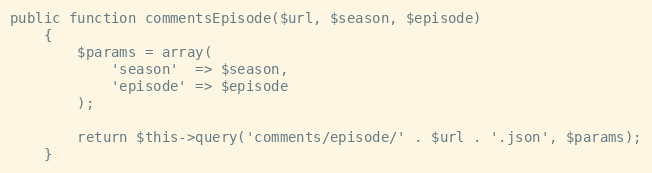
Language: PHP
public function commentsEpisode($url, $season, $episode)
    {
        $params = array(
            'season'  => $season,
            'episode' => $episode
        );

        return $this->query('comments/episode/' . $url . '.json', $params);
    }